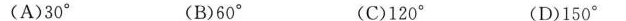
(A)30° (B)60° (C)120° (D)150°